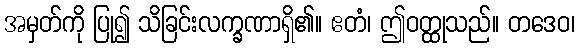
အမှတ်ကို ပြု၍ သိခြင်းလက္ခဏာရှိ၏။ ဧတံ၊ ဤဝတ္ထုသည်။ တဒေဝ၊